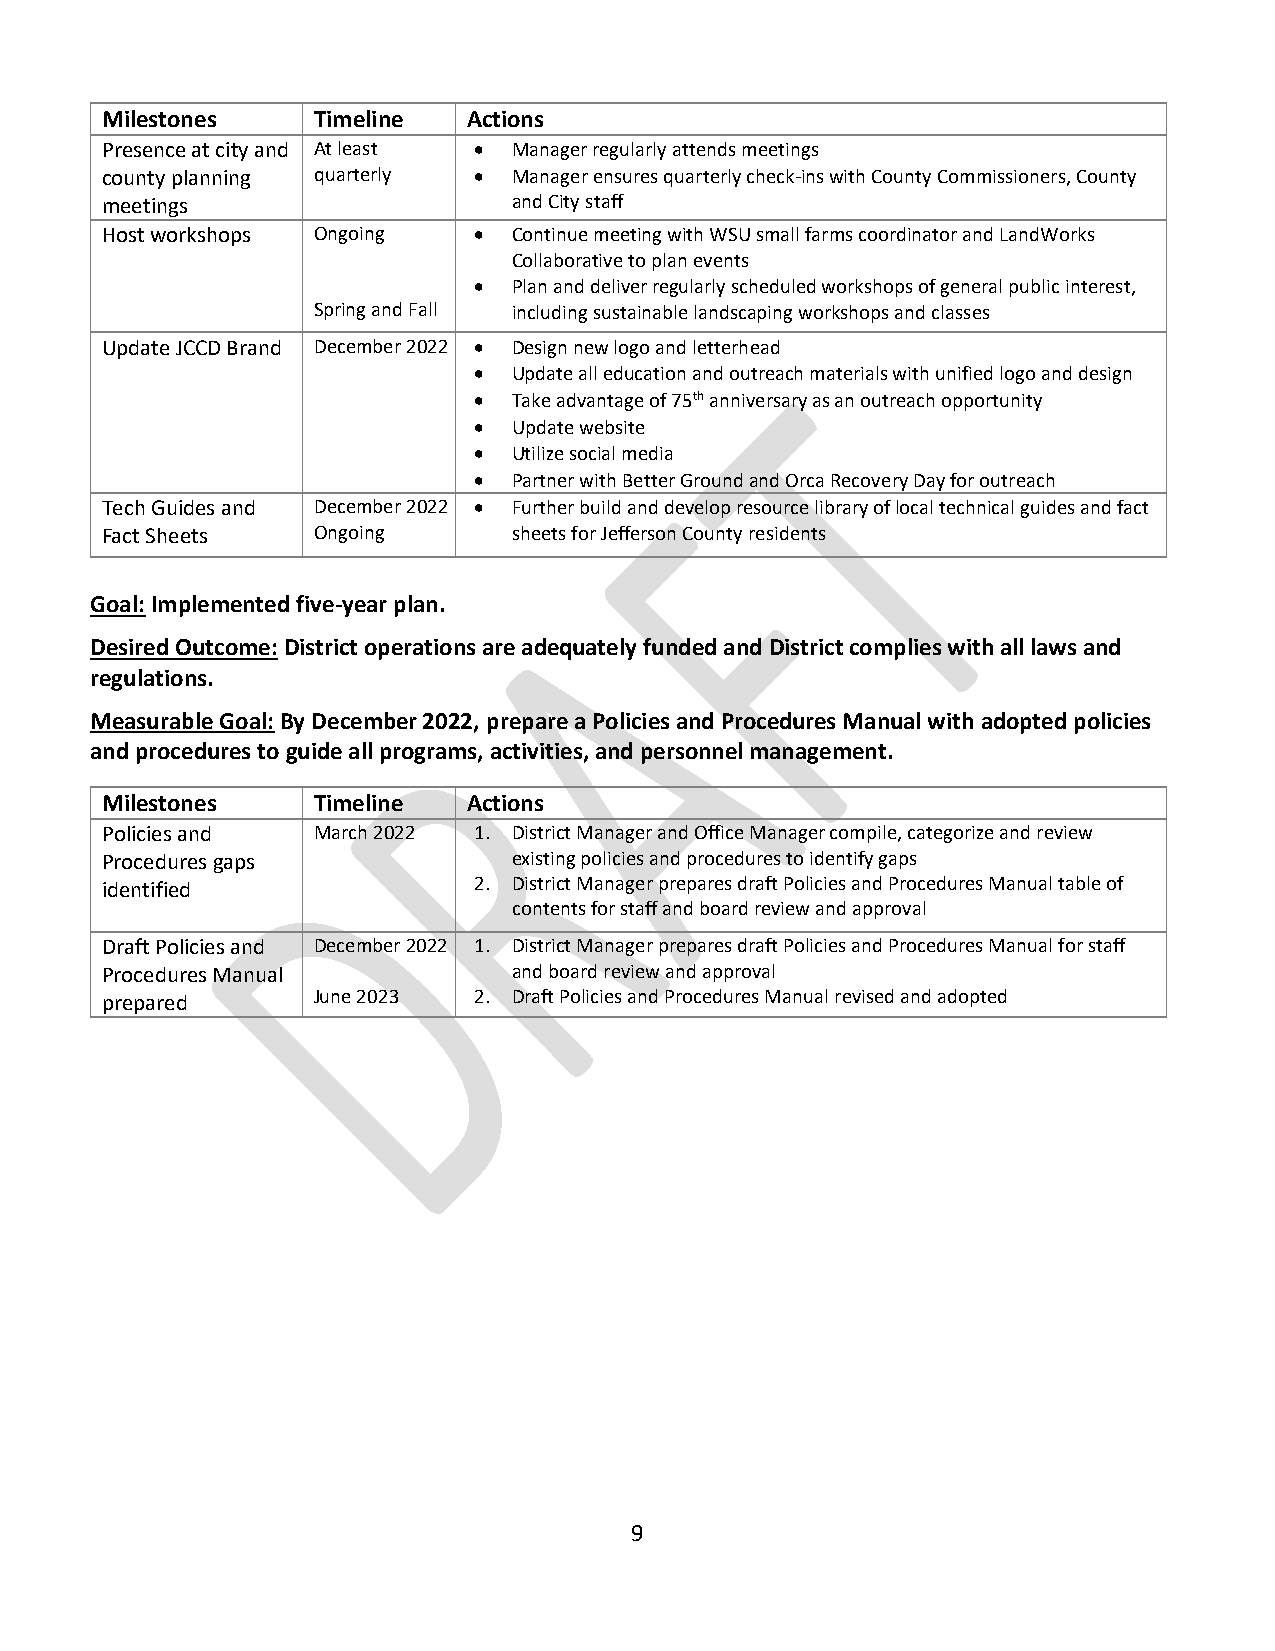
Milestones    Timeline  Actions
 Presence at city and At least • Manager regularly attends meetings
 county planning quarterly • Manager ensures quarterly check-ins with County Commissioners, County
 meetings                   and City staff
 Host workshops Ongoing  •  Continue meeting with WSU small farms coordinator and LandWorks
 Collaborative to plan events
 •  Plan and deliver regularly scheduled workshops of general public interest,
 Spring and Fall including sustainable landscaping workshops and classes
 Update JCCD Brand December 2022 • Design new logo and letterhead
 •  Update all education and outreach materials with unified logo and design
 •  Take advantage of 75th anniversary as an outreach opportunity
 •  Update website
 •  Utilize social media
 •  Partner with Better Ground and Orca Recovery Day for outreach
 Tech Guides and December 2022 • Further build and develop resource library of local technical guides and fact
 Fact Sheets   Ongoing      sheets for Jefferson County residents
 Goal: Implemented five-year plan.
 Desired Outcome: District operations are adequately funded and District complies with all laws and
 regulations.
 Measurable Goal: By December 2022, prepare a Policies and Procedures Manual with adopted policies
 and procedures to guide all programs, activities, and personnel management.
 Milestones    Timeline  Actions
 Policies and  March 2022 1. District Manager and Office Manager compile, categorize and review
 Procedures gaps            existing policies and procedures to identify gaps
 identified              2. District Manager prepares draft Policies and Procedures Manual table of
 contents for staff and board review and approval
 Draft Policies and December 2022 1. District Manager prepares draft Policies and Procedures Manual for staff
 Procedures Manual          and board review and approval
 prepared      June 2023 2. Draft Policies and Procedures Manual revised and adopted
 9